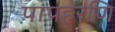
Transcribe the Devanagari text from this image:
पापहरणि